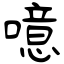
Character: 噫